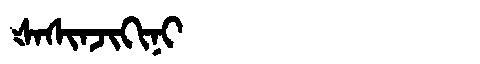
Manchu: ᡧᠠᠰᡳᠨᠵᡳᡴᡳᠨᡳ
Romanization: ŠASINJIKINI